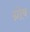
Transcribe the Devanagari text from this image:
ग्रोब